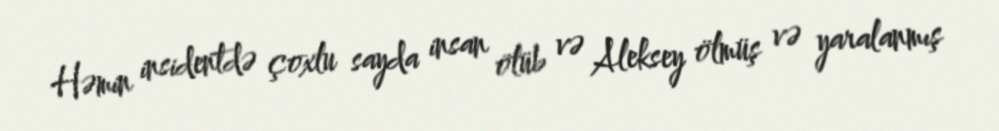
Həmin insidentdə çoxlu sayda insan ölüb və Aleksey ölmüş və yaralanmış